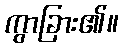
ကွာခြား၏။